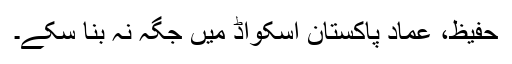
حفیظ، عماد پاکستان اسکواڈ میں جگہ نہ بنا سکے۔